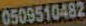
0509510482